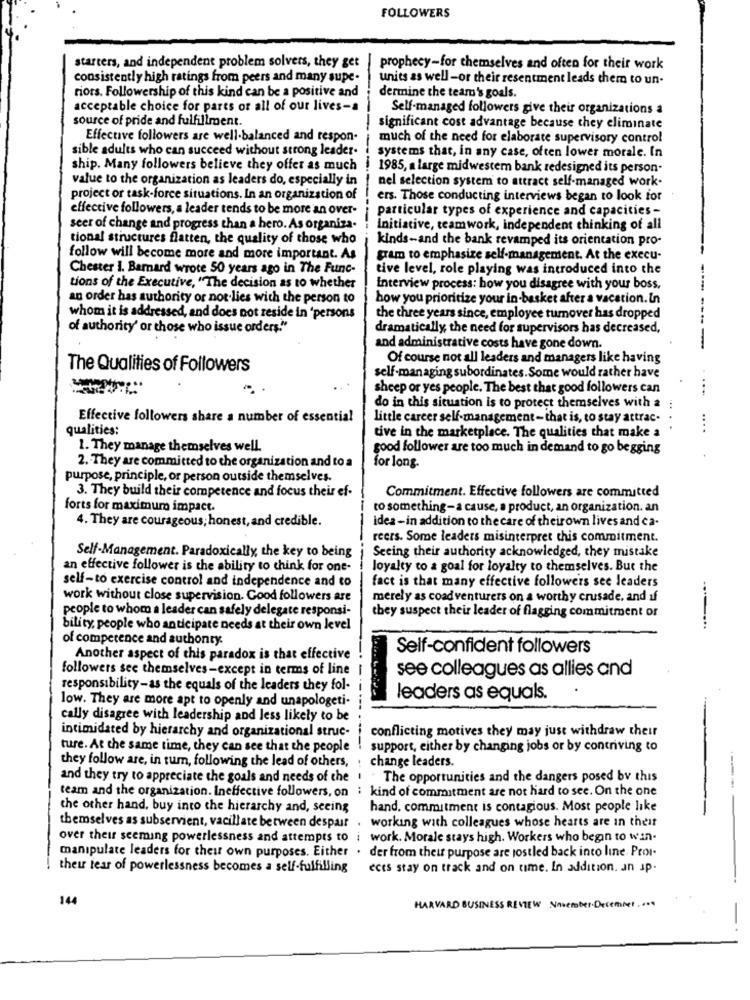
FOLLOWERS
starters, and independent problem solvers, they get
prophecy-for themselves and often for their work
consistently high ratings from peers and many supe.
units as well -or their resentment leads them to un-
riots. Followership of this kind can be a positive and
dermine the team's goals.
acceptable choice for parts or all of our lives-a
Self-managed followers give their organizations a
source of pride and fulfillment.
significant cost advantage because they eliminate
---
Effective followers are well-balanced and respon-
much of the need for elaborate supervisory control
sible adults who can succeed without strong leader-
systems that, in any case, often lower morale. In
ship. Many followers believe they offer as much
1985, a large midwestem bank redesigned its person-
value to the organization as leaders do, especially in
nel selection system to attract self-managed work.
project or task-force situations. In an organization of
ers. Those conducting interviews began to look for
effective followers, a leader tends to be more an over-
particular types of experience and capacities -
seer of change and progress than a hero. As organiza-
Initiative, teamwork, independent thinking of all
tional structures flatten, the quality of those who
kinds-and the bank revamped its orientation pro-
follow will become more and more important. As
gram to emphasize self-management. At the execu-
Chester 1. Barnard wrote 50 years ago in The Func-
tive level, role playing was introduced into the
tions of the Executive, "The decision as to whether
Interview process: how you disagree with your boss,
an order has authority or not lies with the person to
how you prioritize your in-basket after a vacation. In
whom it is addressed, and does not reside in 'persons
the three years since, employee turnover has dropped
of authority' or those who issue orders."
dramatically, the need for supervisors has decreased,
and administrative costs have gone down.
Of course not all leaders and managers like having
The Qualities of Followers
self-managing subordinates. Some would rather have
sheep or yes people. The best that good followers can
do in this situation is to protect themselves with a :
Effective followers share a number of essential
little career self-management -that is, to stay attrac-
qualities:
....
tive in the marketplace. The qualities that make a
1. They manage themselves well.
good follower are too much in demand to go begging
2. They are committed to the organization and to a
for long.
purpose, principle, or person outside themselves.
3. They build their competence and focus their ef-
Commitment. Effective followers are committed
forts for maximum impact.
to something-a cause, a product, an organization. an
4. They are courageous; honest, and credible.
idea -in addition to the care of theirown lives and ca-
reers. Some leaders misinterpret this commitment.
Self-Management. Paradoxically, the key to being
Seeing their authority acknowledged, they mistake
an effective follower is the ability to think for one-
loyalty to a goal for loyalty to themselves. But the
fact is that many effective followers see leaders
self-to exercise control and independence and co
work without close supervision. Good followers are
merely as coadventurers on a worthy crusade, and if
people to whom a leader can safely delegate responsi-
they suspect their leader of flagging commitment or
bility, people who anticipate needs at their own level
of competence and authonty.
Self-confident followers
Another aspect of this paradox is that effective
followers see themselves-except in terms of line
see colleagues as allies and
responsibility-as the equals of the leaders they fol-
low. They are more apt to openly and unapologeti-
leaders as equals.
cally disagree with leadership and less likely to be
intimidated by hierarchy and organizational struc-
conflicting motives they may just withdraw their
ture. At the same time, they can see that the people !
support, either by changing jobs or by contriving to
they follow are, in tum, following the lead of others,
change leaders.
and they try to appreciate the goals and needs of the
. The opportunities and the dangers posed by this
team and the organization. Ineffective followers, on : kind of commitment are not hard to see. On the one
the other hand, buy into the hierarchy and, seeing
hand. commitment is contagious. Most people like
themselves as subservient, vacillate between despair . working with colleagues whose hearts are in theit
over their seeming powerlessness and attempts to i work. Morale stays high. Workers who begin to win-
manipulate leaders for their own purposes. Either . der from their purpose are jostled back into line. Peor-
their fear of powerlessness becomes a self-fulfilling
ects stay on track and on time. In addition. an sp.
144
HARVARD BUSINESS REVIEW November.December . ...